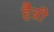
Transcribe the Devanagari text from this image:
हैन्री